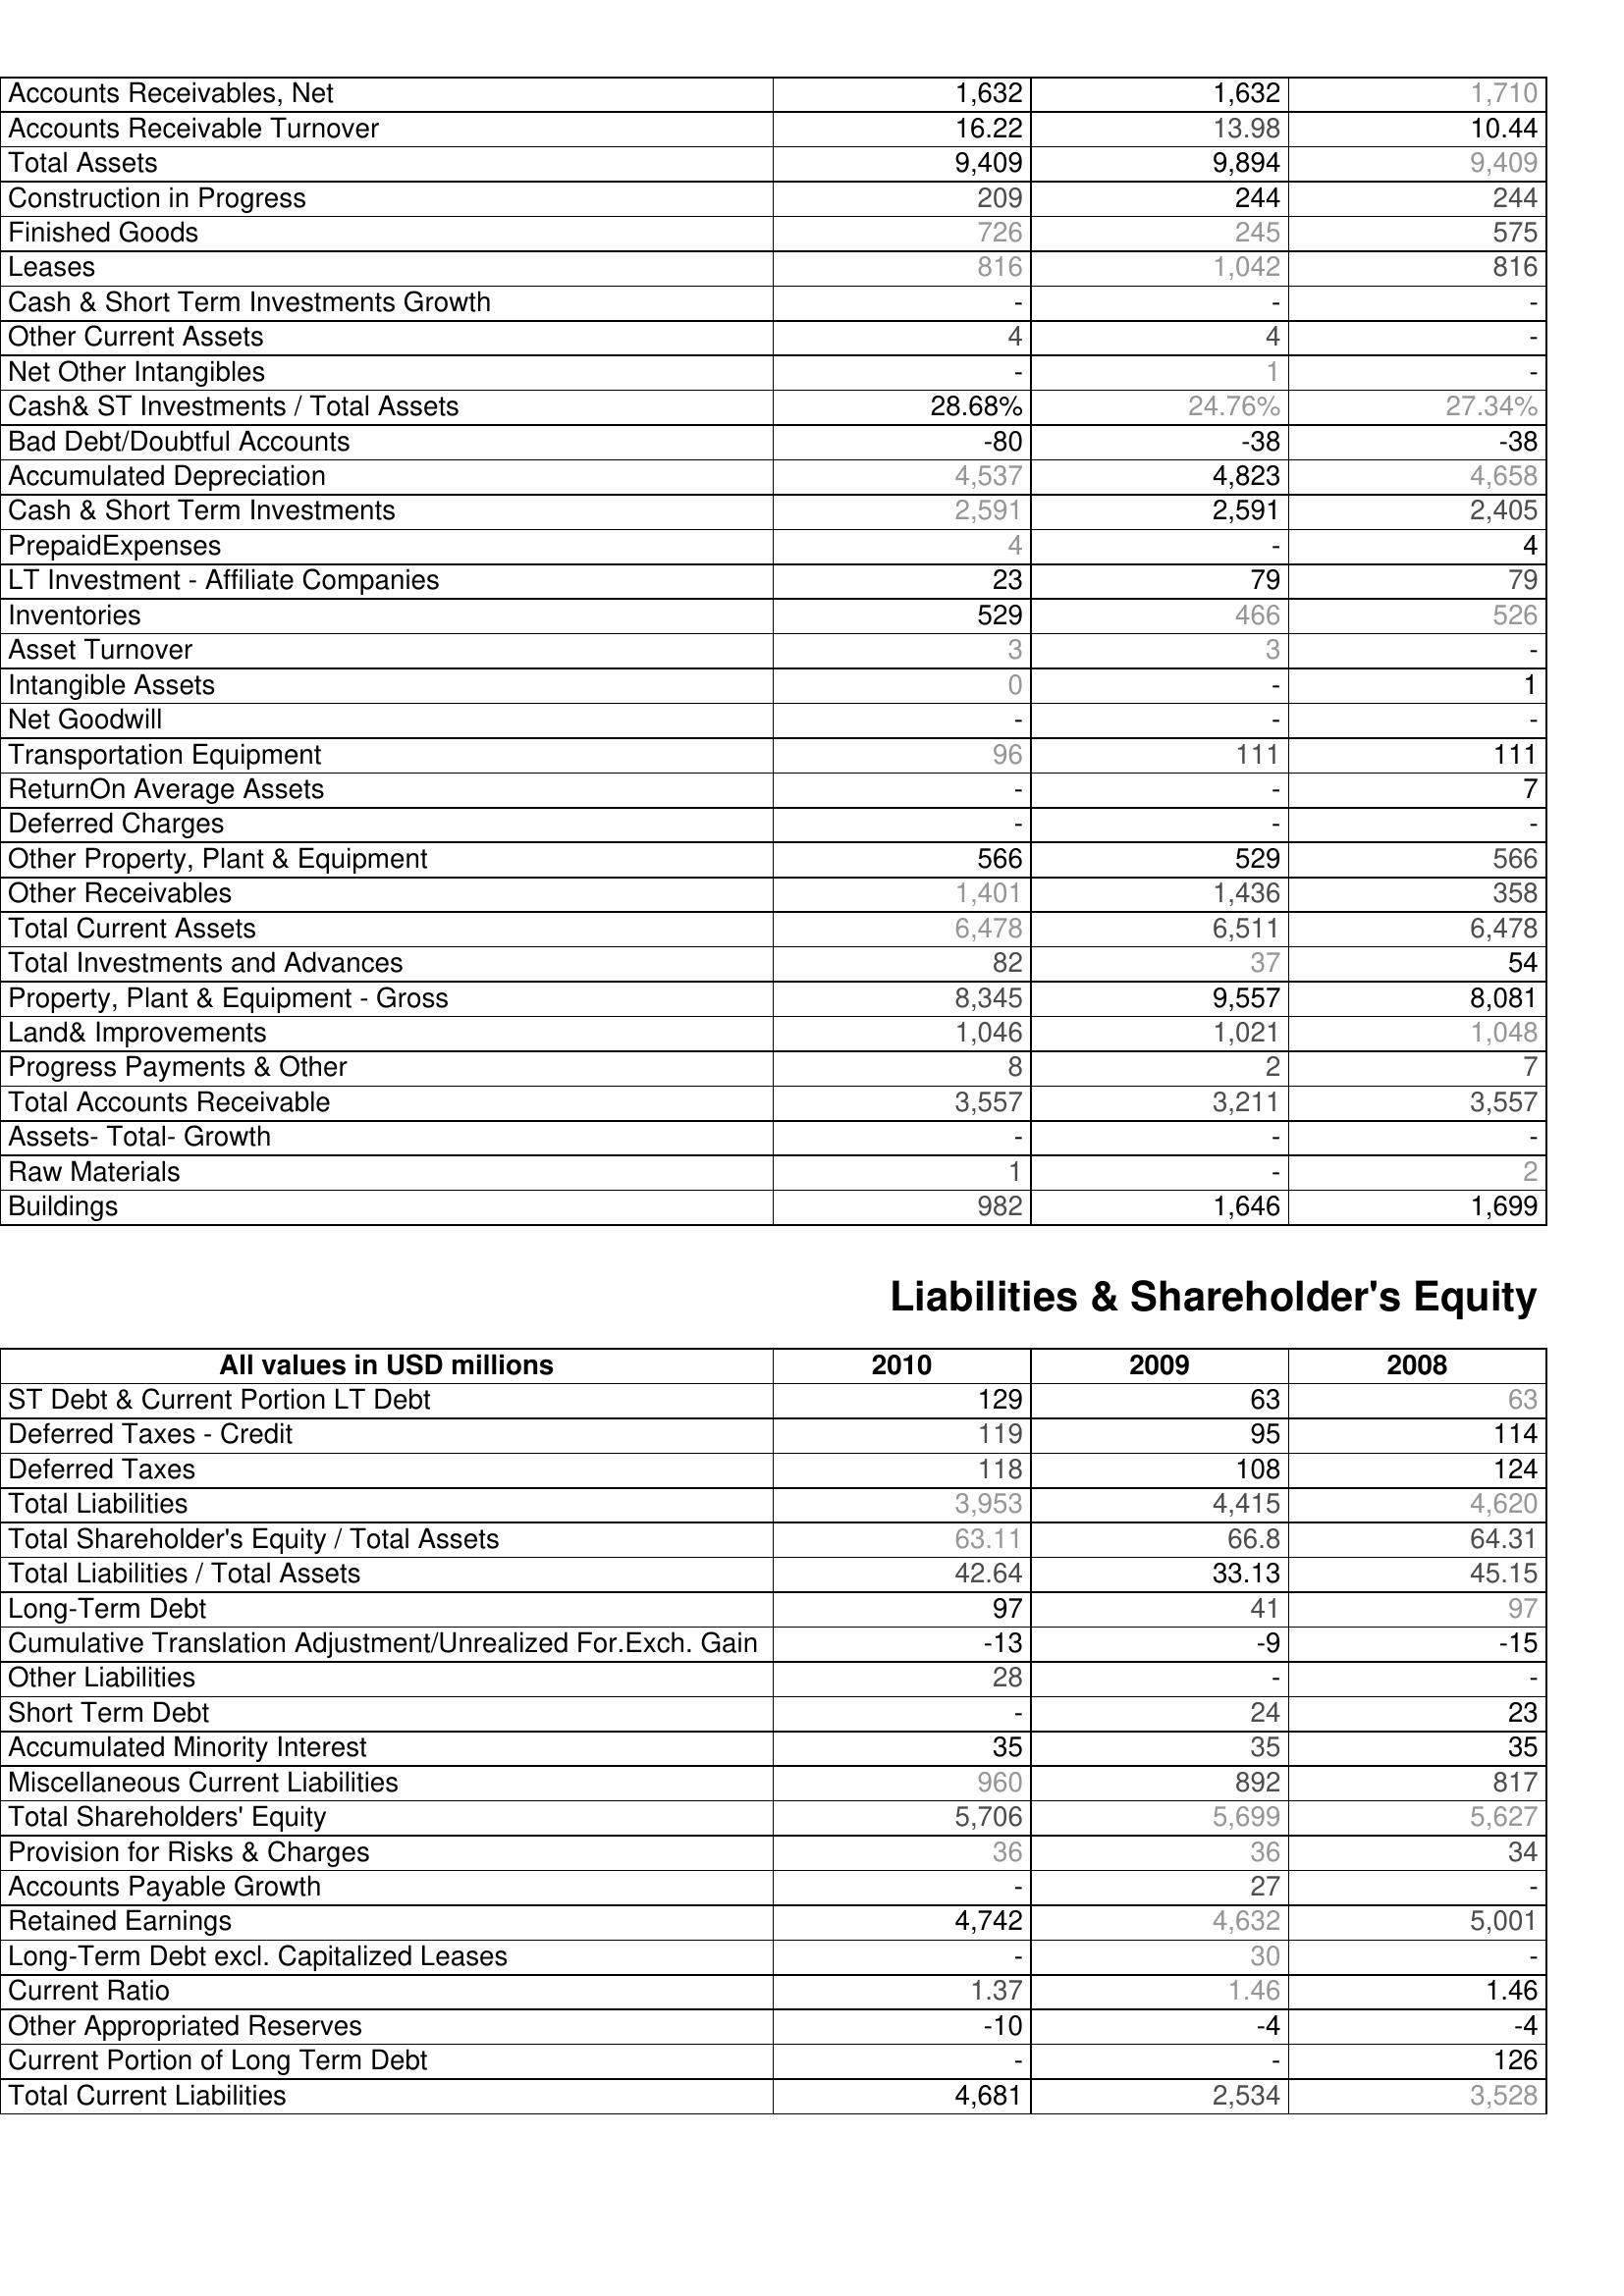
2010: Assets: Accounts Receivables, Net: 1,632
Accounts Receivable Turnover: 16.22
Total Assets: 9,409
Construction in Progress: 209
Finished Goods: 726
Leases: 816
Cash & Short Term Investments Growth: -
Other Current Assets: 4
Net Other Intangibles: -
Cash& ST Investments / Total Assets: 28.68%
Bad Debt/Doubtful Accounts: -80
Accumulated Depreciation: 4,537
Cash & Short Term Investments: 2,591
PrepaidExpenses: 4
LT Investment - Affiliate Companies: 23
Inventories: 529
Asset Turnover: 3
Intangible Assets: 0
Net Goodwill: -
Transportation Equipment: 96
ReturnOn Average Assets: -
Deferred Charges: -
Other Property, Plant & Equipment: 566
Other Receivables: 1,401
Total Current Assets: 6,478
Total Investments and Advances: 82
Property, Plant & Equipment - Gross : 8,345
Land& Improvements: 1,046
Progress Payments & Other: 8
Total Accounts Receivable: 3,557
Assets- Total- Growth: -
Raw Materials: 1
Buildings: 982
Liabilities & Shareholder's Equity: ST Debt & Current Portion LT Debt: 129
Deferred Taxes - Credit: 119
Deferred Taxes: 118
Total Liabilities: 3,953
Total Shareholder's Equity / Total Assets: 63.11
Total Liabilities / Total Assets: 42.64
Long-Term Debt: 97
Cumulative Translation Adjustment/Unrealized For.Exch. Gain: -13
Other Liabilities: 28
Short Term Debt: -
Accumulated Minority Interest: 35
Miscellaneous Current Liabilities: 960
Total Shareholders' Equity: 5,706
Provision for Risks & Charges: 36
Accounts Payable Growth: -
Retained Earnings: 4,742
Long-Term Debt excl. Capitalized Leases: -
Current Ratio: 1.37
Other Appropriated Reserves: -10
Current Portion of Long Term Debt: -
Total Current Liabilities: 4,681
2009: Assets: Accounts Receivables, Net: 1,632
Accounts Receivable Turnover: 13.98
Total Assets: 9,894
Construction in Progress: 244
Finished Goods: 245
Leases: 1,042
Cash & Short Term Investments Growth: -
Other Current Assets: 4
Net Other Intangibles: 1
Cash& ST Investments / Total Assets: 24.76%
Bad Debt/Doubtful Accounts: -38
Accumulated Depreciation: 4,823
Cash & Short Term Investments: 2,591
PrepaidExpenses: -
LT Investment - Affiliate Companies: 79
Inventories: 466
Asset Turnover: 3
Intangible Assets: -
Net Goodwill: -
Transportation Equipment: 111
ReturnOn Average Assets: -
Deferred Charges: -
Other Property, Plant & Equipment: 529
Other Receivables: 1,436
Total Current Assets: 6,511
Total Investments and Advances: 37
Property, Plant & Equipment - Gross : 9,557
Land& Improvements: 1,021
Progress Payments & Other: 2
Total Accounts Receivable: 3,211
Assets- Total- Growth: -
Raw Materials: -
Buildings: 1,646
Liabilities & Shareholder's Equity: ST Debt & Current Portion LT Debt: 63
Deferred Taxes - Credit: 95
Deferred Taxes: 108
Total Liabilities: 4,415
Total Shareholder's Equity / Total Assets: 66.8
Total Liabilities / Total Assets: 33.13
Long-Term Debt: 41
Cumulative Translation Adjustment/Unrealized For.Exch. Gain: -9
Other Liabilities: -
Short Term Debt: 24
Accumulated Minority Interest: 35
Miscellaneous Current Liabilities: 892
Total Shareholders' Equity: 5,699
Provision for Risks & Charges: 36
Accounts Payable Growth: 27
Retained Earnings: 4,632
Long-Term Debt excl. Capitalized Leases: 30
Current Ratio: 1.46
Other Appropriated Reserves: -4
Current Portion of Long Term Debt: -
Total Current Liabilities: 2,534
2008: Assets: Accounts Receivables, Net: 1,710
Accounts Receivable Turnover: 10.44
Total Assets: 9,409
Construction in Progress: 244
Finished Goods: 575
Leases: 816
Cash & Short Term Investments Growth: -
Other Current Assets: -
Net Other Intangibles: -
Cash& ST Investments / Total Assets: 27.34%
Bad Debt/Doubtful Accounts: -38
Accumulated Depreciation: 4,658
Cash & Short Term Investments: 2,405
PrepaidExpenses: 4
LT Investment - Affiliate Companies: 79
Inventories: 526
Asset Turnover: -
Intangible Assets: 1
Net Goodwill: -
Transportation Equipment: 111
ReturnOn Average Assets: 7
Deferred Charges: -
Other Property, Plant & Equipment: 566
Other Receivables: 358
Total Current Assets: 6,478
Total Investments and Advances: 54
Property, Plant & Equipment - Gross : 8,081
Land& Improvements: 1,048
Progress Payments & Other: 7
Total Accounts Receivable: 3,557
Assets- Total- Growth: -
Raw Materials: 2
Buildings: 1,699
Liabilities & Shareholder's Equity: ST Debt & Current Portion LT Debt: 63
Deferred Taxes - Credit: 114
Deferred Taxes: 124
Total Liabilities: 4,620
Total Shareholder's Equity / Total Assets: 64.31
Total Liabilities / Total Assets: 45.15
Long-Term Debt: 97
Cumulative Translation Adjustment/Unrealized For.Exch. Gain: -15
Other Liabilities: -
Short Term Debt: 23
Accumulated Minority Interest: 35
Miscellaneous Current Liabilities: 817
Total Shareholders' Equity: 5,627
Provision for Risks & Charges: 34
Accounts Payable Growth: -
Retained Earnings: 5,001
Long-Term Debt excl. Capitalized Leases: -
Current Ratio: 1.46
Other Appropriated Reserves: -4
Current Portion of Long Term Debt: 126
Total Current Liabilities: 3,528